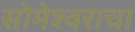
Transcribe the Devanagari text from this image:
सोमेश्वराचा